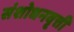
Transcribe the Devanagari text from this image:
संशोधनवृत्ती